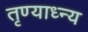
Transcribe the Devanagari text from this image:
तृण्याध्न्य